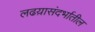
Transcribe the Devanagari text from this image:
लढय़ासंदर्भातील